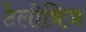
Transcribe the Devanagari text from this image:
टेलीविज़